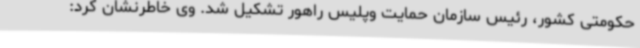
حکومتی کشور، رئیس سازمان حمایت وپلیس راهور تشکیل شد. وی خاطرنشان کرد: